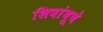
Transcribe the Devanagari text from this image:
शिवांबूचे